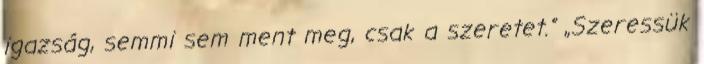
igazság, semmi sem ment meg, csak a szeretet.” „Szeressük